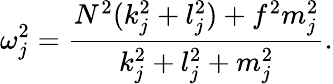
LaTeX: \omega_{j}^{2}=\frac{N^{2}(k_{j}^{2}+l_{j}^{2})+f^{2}m_{j}^{2}}{k_{j}^{2}+l_{j}^{2}+m_{j}^{2}}.